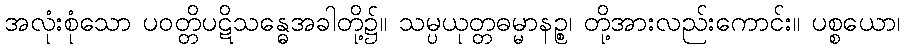
အလုံးစုံသော ပဝတ္တိပဋိသန္ဓေအခါတို့၌။ သမ္ပယုတ္တဓမ္မာနဉ္စ၊ တို့အားလည်းကောင်း။ ပစ္စယော၊